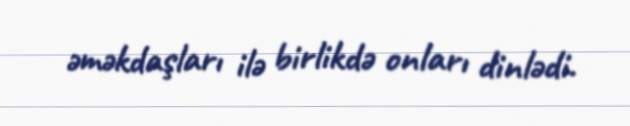
əməkdaşları ilə birlikdə onları dinlədi.